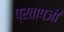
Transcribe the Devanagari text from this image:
प्रतापजी